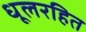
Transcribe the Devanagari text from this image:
धूलरहित